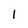
Character: 1